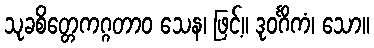
သုခစိတ္တေကဂ္ဂတာဝ သေန၊ ဖြင့်။ ဒုဝင်္ဂိကံ၊ သော။